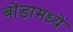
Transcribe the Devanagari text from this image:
बोंडामध्ये